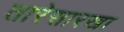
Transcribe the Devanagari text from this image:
तारेसारखा